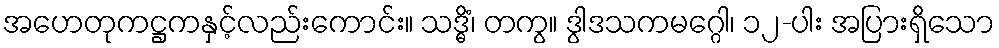
အဟေတုကဋ္ဌကနှင့်လည်းကောင်း။ သဒ္ဓိံ၊ တကွ။ ဒွါဒသကမဂ္ဂေါ၊ ၁၂-ပါး အပြားရှိသော